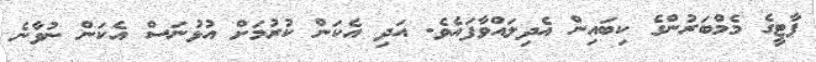
ޕާޓީގެ މެމްބަރުންގެ ކިބައިން އެދިލައްވާފައެވެ. އަދި އެކަން ކުރުމަށް އުޅުނަސް އެކަން ނުވާނެ